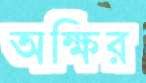
অক্ষির